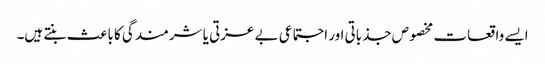
ایسے واقعات مخصوص جذباتی اور اجتماعی بے عزتی یا شرمندگی کا باعث بنتے ہیں۔